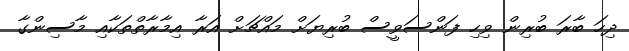
ދިހަ ބާރަ ބުރިން ވިހި ފަންސަވީސް ބުރިޔަށް މައްޗަށް އަރާ އިމާރާތްތަކާއި މާސިންގާ